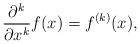
LaTeX: \begin{align*}\frac{\partial^k}{\partial x^k}f(x)=f^{(k)}(x),\end{align*}